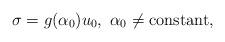
LaTeX: \begin{align*}\sigma=g(\alpha_0)u_0,\ \alpha_0\neq\mbox{\rm constant},\end{align*}